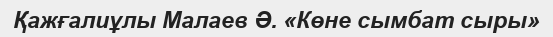
Қажғалиұлы Малаев Ә. «Көне сымбат сыры»